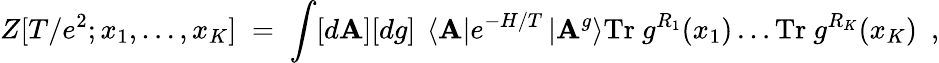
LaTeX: Z[T/e^{2};x_{1},\ldots,x_{K}]\; =\; \int[d\mathbf{A}][dg]~\left<\mathbf{A}\right|e^{-H/T}\left|\mathbf{A}^{g}\right>\mathrm{{Tr}}~g^{R_{1}}(x_{1})\ldots\mathrm{{Tr}}~g^{R_{K}}(x_{K})~~,